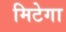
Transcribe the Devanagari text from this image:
मिटेगा